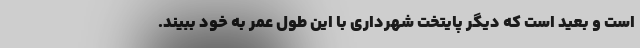
است و بعید است که دیگر پایتخت شهرداری با این طول عمر به خود ببیند.